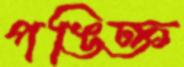
পঙিক্ত